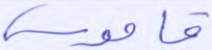
قاموس